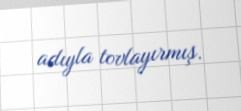
adıyla tovlayırmış.